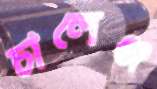
চালেঞ্জ